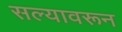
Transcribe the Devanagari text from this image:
सल्यावरून